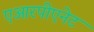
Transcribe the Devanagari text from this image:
एआरपीएनेट